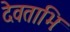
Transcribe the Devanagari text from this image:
देवताभिः